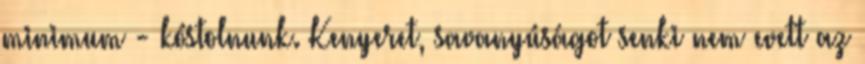
minimum - kóstol­nunk. Ke­nye­ret, savanyúságot senki nem e­vett az